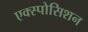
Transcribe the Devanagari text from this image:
एक्स्पोसिशन